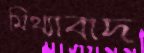
মিথ্যাবাদ